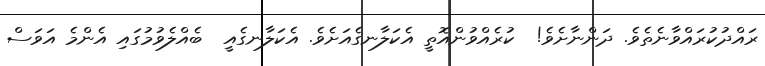
ރައްދުކުރައްވާނެތެވެ. ދަންނާށެވެ!  ކުރެއްވުންއޮތީ އެކަލާނގެއަށެވެ. އެކަލާނގެއީ  ބެއްލެވުމުގައި އެންމެ އަވަސް